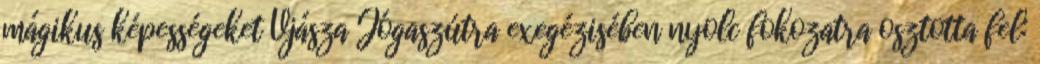
mágikus képességeket Vjásza Jógaszútra exegézisében nyolc fokozatra osztotta fel: